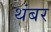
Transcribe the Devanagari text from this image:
थंबर